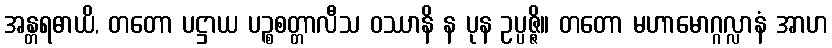
အန္တရဓာယိ, တတော ပဋ္ဌာယ ပဉ္စစတ္တာလီသ ဝဿာနိ န ပုန ဥပ္ပဇ္ဇိ။ တတော မဟာမောဂ္ဂလ္လာနံ အာဟ